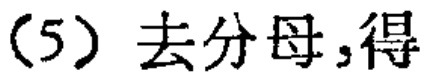
（5）去分母，得